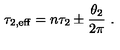
\tau _ { 2 , \mathrm { e f f } } = n \tau _ { 2 } \pm \frac { \theta _ { 2 } } { 2 \pi } \ .